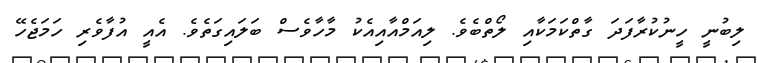
ލިބުނީ ހީނުކުރާފަދަ ގާތްކަމަކާއި ލޯތްބެވެ. ލިއަމްއާއިއެކު މާހާވެސް ބަލައިގަތެވެ. އެއީ އުފާވެރި ހަމަޖެހޭ